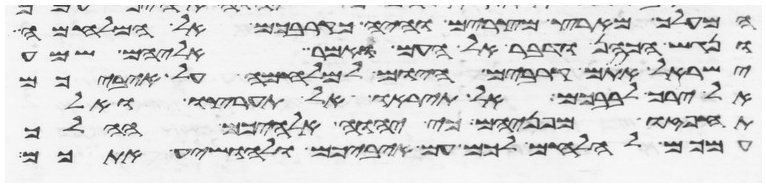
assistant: המעלך מארץ מצרים והיה כקרבכם אל המלחמה
ונגש הכהן ודבר אל העם ואמר אליהם שמע
ישראל אתם קרבים היום למלחמה על איביכם
אל ירך לבבכם אל תיראו ואל תערצו ואל
תחפזו מפניהם כי יהוה אלהיכם ההלך
עמכם להלחם לכם עם איביכם ולהושיע אתכם